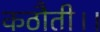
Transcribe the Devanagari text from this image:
कठौती।।